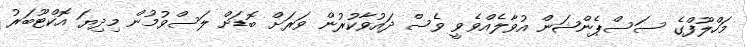
މަހްލޫފްގެ ސަސްޕެންޝަން އުވާލެއްވެވީ ވެސް ދައުވާކުރުން ވަރަށް ބޮޑަށް ލަސްވުމުން މިދިޔަ އޮކްޓޫބަރު